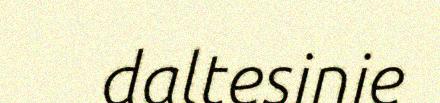
daltesinie